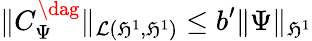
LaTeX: \| C_{\Psi}^{\dag}\| _{\mathcal{L}(\mathfrak{H}^{1},\mathfrak{H}^{1})}\le b^{\prime}\| \Psi\| _{\mathfrak{H}^{1}}